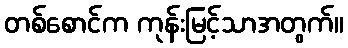
တစ်စောင်က ကုန်းမြင့်သာအတွက်။